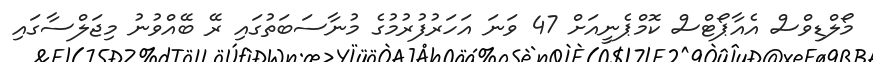
މޯލްޑިވްސް އެއާޕޯޓްސް ކޮމްޕެނީއަށް 47 ވަނަ އަހަރުފުރުމުގެ މުނާސަބަތުގައި ރޭ ބޭއްވުނު މިޖަލްސާގައި